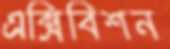
এক্সিবিশন